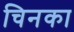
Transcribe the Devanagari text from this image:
चिनका